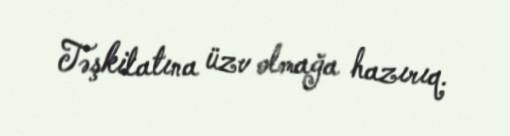
Təşkilatına üzv olmağa hazırıq.